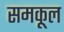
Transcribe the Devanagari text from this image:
समकूल